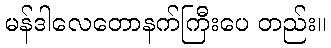
မန်ဒါလေတောနက်ကြီးပေ တည်း။